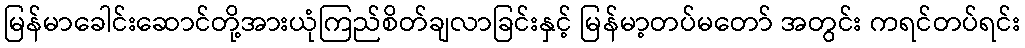
မြန်မာခေါင်းဆောင်တို့အားယုံကြည်စိတ်ချလာခြင်းနှင့် မြန်မာ့တပ်မတော် အတွင်း ကရင်တပ်ရင်း